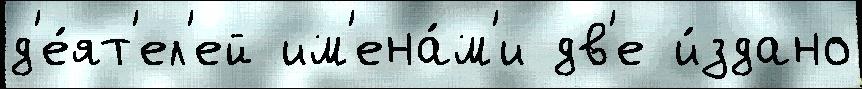
д'е́ят'ел'ей им'ена́м'и дв'е и́здано